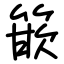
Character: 篏